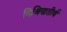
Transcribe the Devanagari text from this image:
मिश्रिखतीर्थ